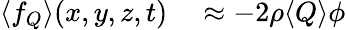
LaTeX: \begin{array}{rl}{\langle{f}_{Q}\rangle(x,y,z,t)}&{{}\approx-2\rho\langle{Q}\rangle\phi}\end{array}